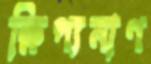
ক্ষিপ্যমাণ